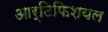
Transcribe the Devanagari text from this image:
आर्टिफिशयल